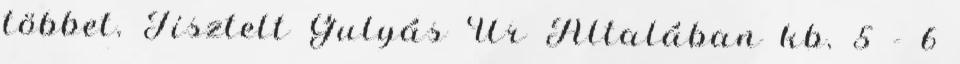
többet. Tisztelt Gulyás Úr Általában kb. 5 - 6